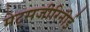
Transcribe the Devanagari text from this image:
मेट्सजीरिनीई